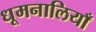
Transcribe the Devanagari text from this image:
धूमनालियाँ